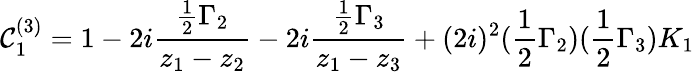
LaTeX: \mathcal{C}_{1}^{(3)}=1-2i{\frac{{{\frac{{1}}{{2}}}\Gamma_{2}}}{{z_{1}-z_{2}}}}-2i{\frac{{{\frac{{1}}{{2}}}\Gamma_{3}}}{{z_{1}-z_{3}}}}+(2i)^{2}({\frac{{1}}{{2}}}\Gamma_{2})({\frac{{1}}{{2}}}\Gamma_{3})K_{1}